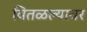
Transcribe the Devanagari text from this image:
वितळल्यावर